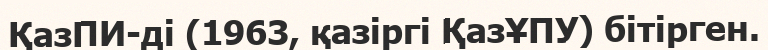
ҚазПИ-ді (1963, қазіргі ҚазҰПУ) бітірген.